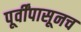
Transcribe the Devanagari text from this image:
पूर्वींपासूनच